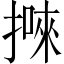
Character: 𢴙